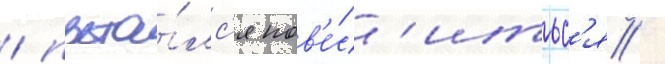
/ пыта́лс'я пов'е́с'итьс'я /